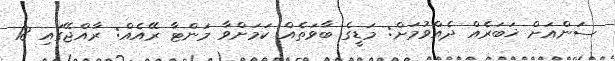
ސަންއަށް ޚަބަރެއް ދެއްވުމަށް: މަޑީގެ ބާވަތެއް ކަމަށްވާ މަންޓާ ރޭއެއް: ރާއްޖޭގައި 18